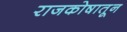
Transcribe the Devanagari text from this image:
राजकोषातून